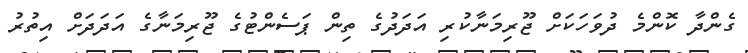
ގެންދާ ކޮންމެ ދުވަހަކަށް ޖޫރިމަނާކުރި އަދަދުގެ ތިން ޕަސެންޓުގެ ޖޫރިމަނާގެ އަދަދަށް އިތުރު